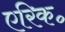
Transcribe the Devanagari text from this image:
एरिक॰